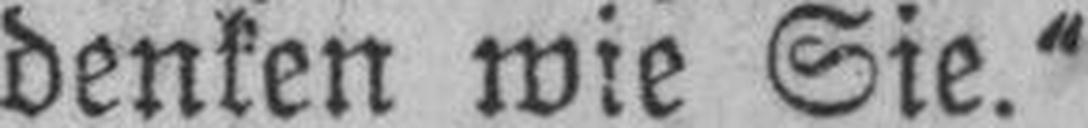
denken wie Sie.“